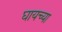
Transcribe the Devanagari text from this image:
घायच्या